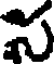
స